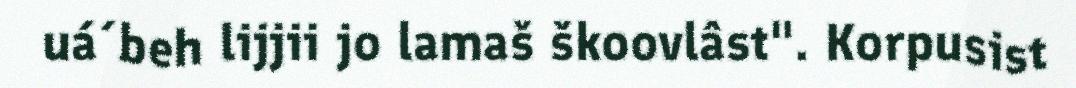
uá´beh lijjii jo lamaš škoovlâst". Korpusist